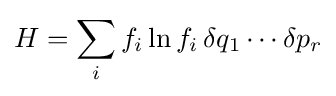
H=\sum _{i}f_{i}\ln f_{i}\,\delta q_{1}\cdots \delta p_{r}